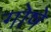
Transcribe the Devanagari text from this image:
गोषे